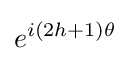
e^{i(2h+1)\theta }